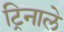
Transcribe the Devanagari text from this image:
ट्रिनाले